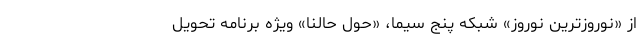
از «نوروزترین نوروز» شبکه پنج سیما، «حول حالنا» ویژه برنامه تحویل